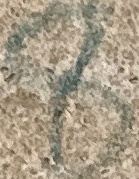
8